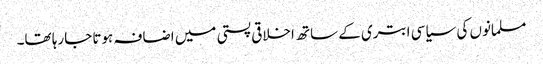
مسلمانوں کی سیاسی ابتری کے ساتھ اخلاقی پستی میں اضافہ ہوتا جارہا تھا۔